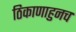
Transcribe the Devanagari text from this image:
ठिकाणाहुनच